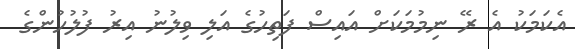
އެކަމަކު އެ ރޭ ނިމުމަކަށް އައިސް ފަތިހުގެ އަލި ވިލުނު އިރު ފުލުހުންގެ